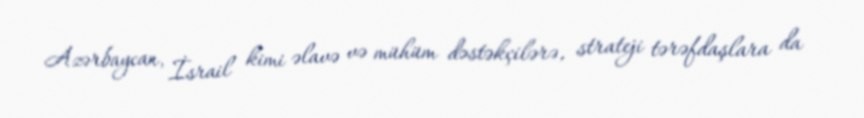
Azərbaycan, İsrail kimi əlavə və mühüm dəstəkçilərə, strateji tərəfdaşlara da